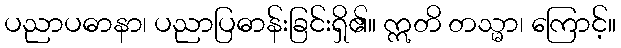
ပညာပဓာနာ၊ ပညာပြဓာန်းခြင်းရှိ၏။ ဣတိ တသ္မာ၊ ကြောင့်။